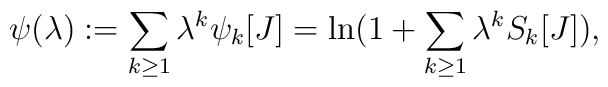
\psi(\lambda):=\sum_{k\geq 1} \lambda^{k}\psi_{k}[J]=\ln (1 + \sum_{k\geq 1} \lambda^{k}S_{k}[J]),